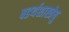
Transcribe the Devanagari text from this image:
षडर्थशास्त्रेषु